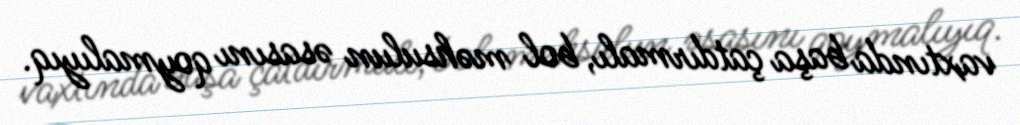
vaxtında başa çatdırmalı, bol məhsulun əsasını qoymalıyıq.